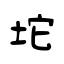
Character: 坨